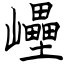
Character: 㠥